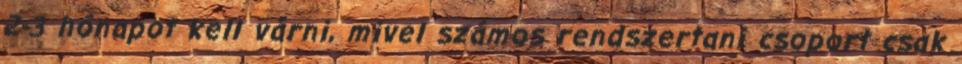
2-3 hónapot kell várni, mivel számos rendszertani csoport csak